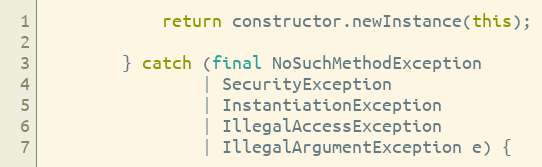
Language: Java
            return constructor.newInstance(this);

        } catch (final NoSuchMethodException
                | SecurityException
                | InstantiationException
                | IllegalAccessException
                | IllegalArgumentException e) {